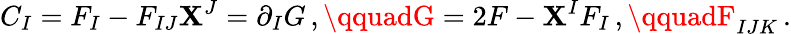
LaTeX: C_{I}=F_{I}-F_{IJ}\mathbf{X}^{J}=\partial_{I}G\, ,\qquadG=2F-\mathbf{X}^{I}F_{I}\, ,\qquadF_{IJK}\, .